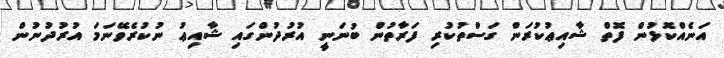
އަނެއްކޮޅުން ފޮތް ޝާއިޢުކުރަން ގަސްތުކުރި ފަރާތުން ބުނަނީ އުރުދުންގައި ޝާއިޢު ނުކުރެވޭނަމަ އުރުދުނުން